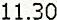
11.30